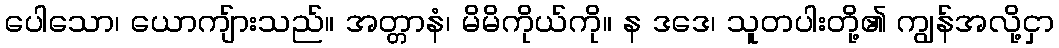
ပေါသော၊ ယောကျ်ားသည်။ အတ္တာနံ၊ မိမိကိုယ်ကို။ န ဒဒေ၊ သူတပါးတို့၏ ကျွန်အလို့ငှာ